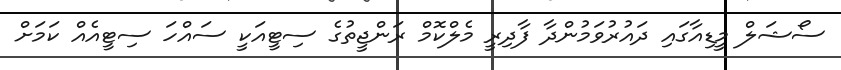
ސޯޝަލް މީޑިއާގައި ދައުރުވަމުންދާ ފާދިރީ މެލްކޮމް ރަންޖީތުގެ ސިޓީއަކީ ސައްހަ ސިޓީއެއް ކަމަށް